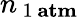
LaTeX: n_{\, 1\, \mathbf{atm}}